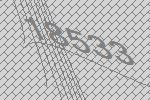
18533